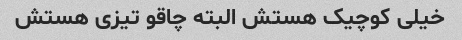
خیلی کوچیک هستش البته چاقو تیزی هستش